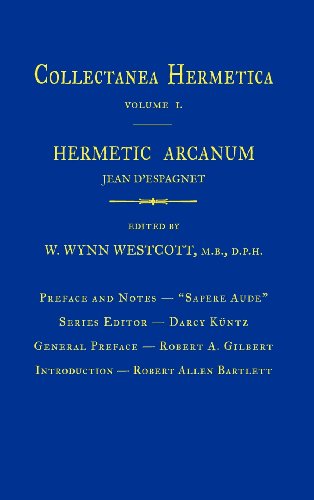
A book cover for Hermetic Arcanum: Collectanea Hermetica Volume 1; Religion & Spirituality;